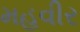
મહવીર